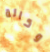
وكالة